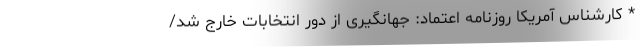
* کارشناس آمریکا روزنامه اعتماد: جهانگیری از دور انتخابات خارج شد/